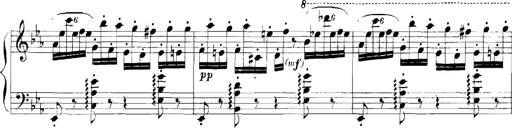
Title: Rhapsodies hongroises
Composer: Franz Liszt